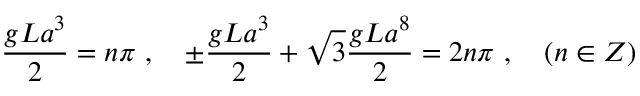
\frac { g L a ^ { 3 } } { 2 } = n \pi \ , \quad \pm \frac { g L a ^ { 3 } } { 2 } + \sqrt { 3 } \frac { g L a ^ { 8 } } { 2 } = 2 n \pi \ , \quad ( n \in Z )